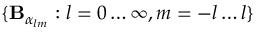
\{ \mathbf { B } _ { \alpha _ { l m } } : l = 0 \ldots \infty , m = - l \ldots l \}